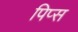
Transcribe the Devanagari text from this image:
पिप्स